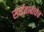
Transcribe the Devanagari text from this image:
साईबाबांचेच